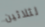
لثلاثين